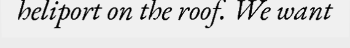
heliport on the roof. We want